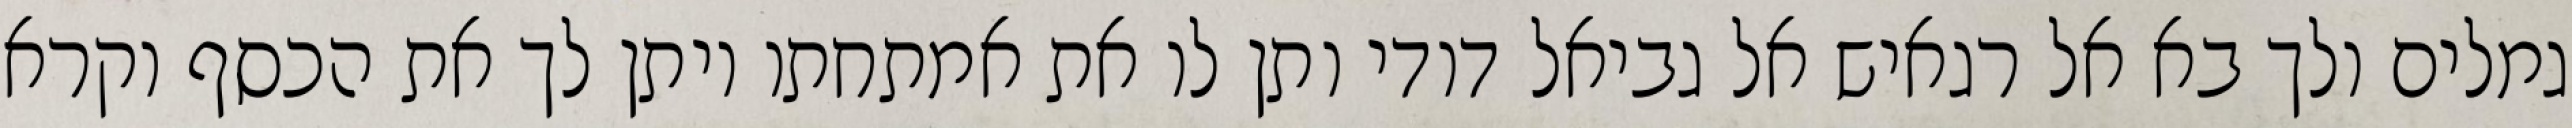
גמלים ולך בא אל רגאיש אל גביאל דודי ותן לו את אמתחתו ויתן לך את הכסף וקרא